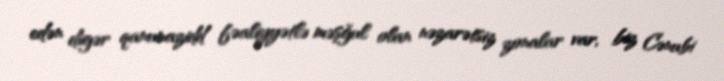
edən digər qanunazidd fəaliyyətlə məşğul olan nəzarətsiz zonalar var, biz Cənubi